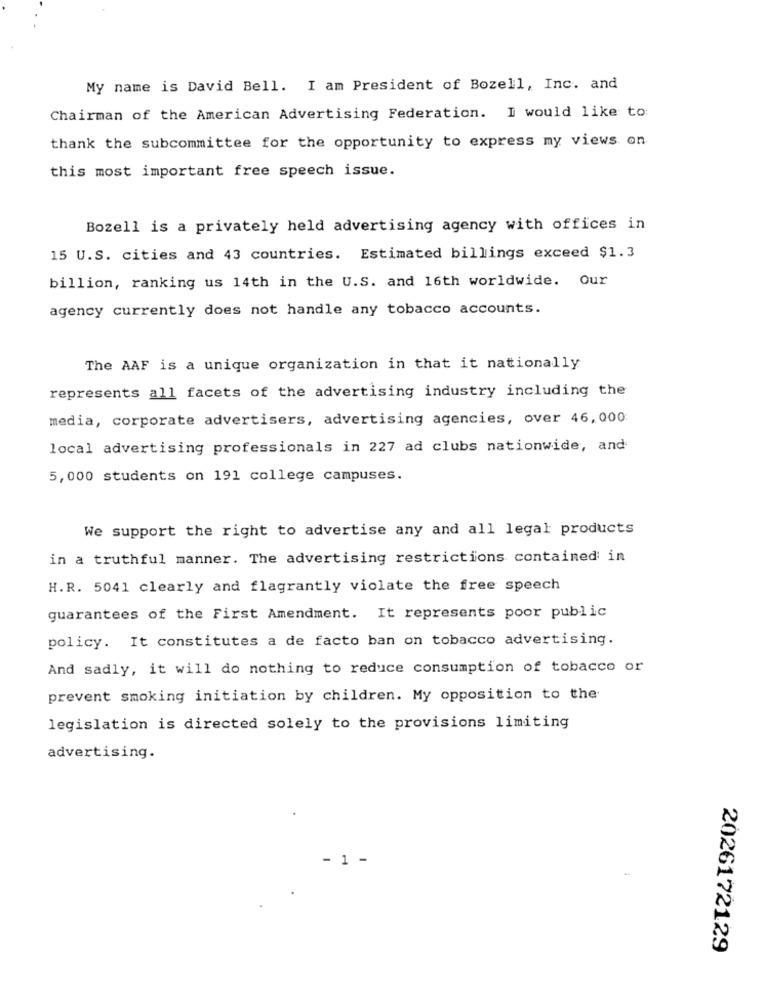
My name is David Bell. I am President of Bozell, Inc. and
Chairman of the American Advertising Federation. I would like to:
thank the subcommittee for the opportunity to express my views on
this most important free speech issue.
Bozell is a privately held advertising agency with offices in
15 U.S. cities and 43 countries. Estimated billings exceed $1.3
billion, ranking us 14th in the U.S. and 16th worldwide. Our
agency currently does not handle any tobacco accounts.
The AAF is a unique organization in that it nationally
represents all facets of the advertising industry including the
media, corporate advertisers, advertising agencies, over 46,000
local advertising professionals in 227 ad clubs nationwide, and
5,000 students on 191 college campuses.
We support the right to advertise any and all legal products
in a truthful manner. The advertising restrictions contained in
H.R. 5041 clearly and flagrantly violate the free speech
guarantees of the First Amendment. It represents poor public
policy. It constitutes a de facto ban on tobacco advertising.
And sadly, it will do nothing to reduce consumption of tobacco or
prevent smoking initiation by children. My opposition to the
legislation is directed solely to the provisions limiting
advertising.
- 1 -
2026172129